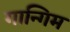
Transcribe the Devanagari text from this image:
गान्गिम